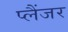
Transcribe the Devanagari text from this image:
प्लैंजर